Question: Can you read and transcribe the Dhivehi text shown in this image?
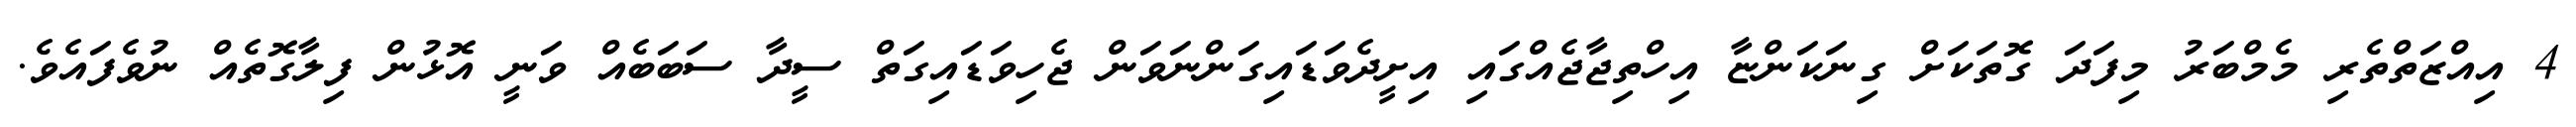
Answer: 4 އިއްޒަތްތެރި މެމްބަރު މިފަދަ ގޮތަކަށް ގިނަކަންޏާ އިހްތިޖާޖެއްގައި އިށީދެވަޑައިގަންނަވަން ޖެހިވަޑައިގަތް ސީދާ ސަބަބެއް ވަނީ އޮޅުން ފިލާގޮތެއް ނުވެފައެވެ.